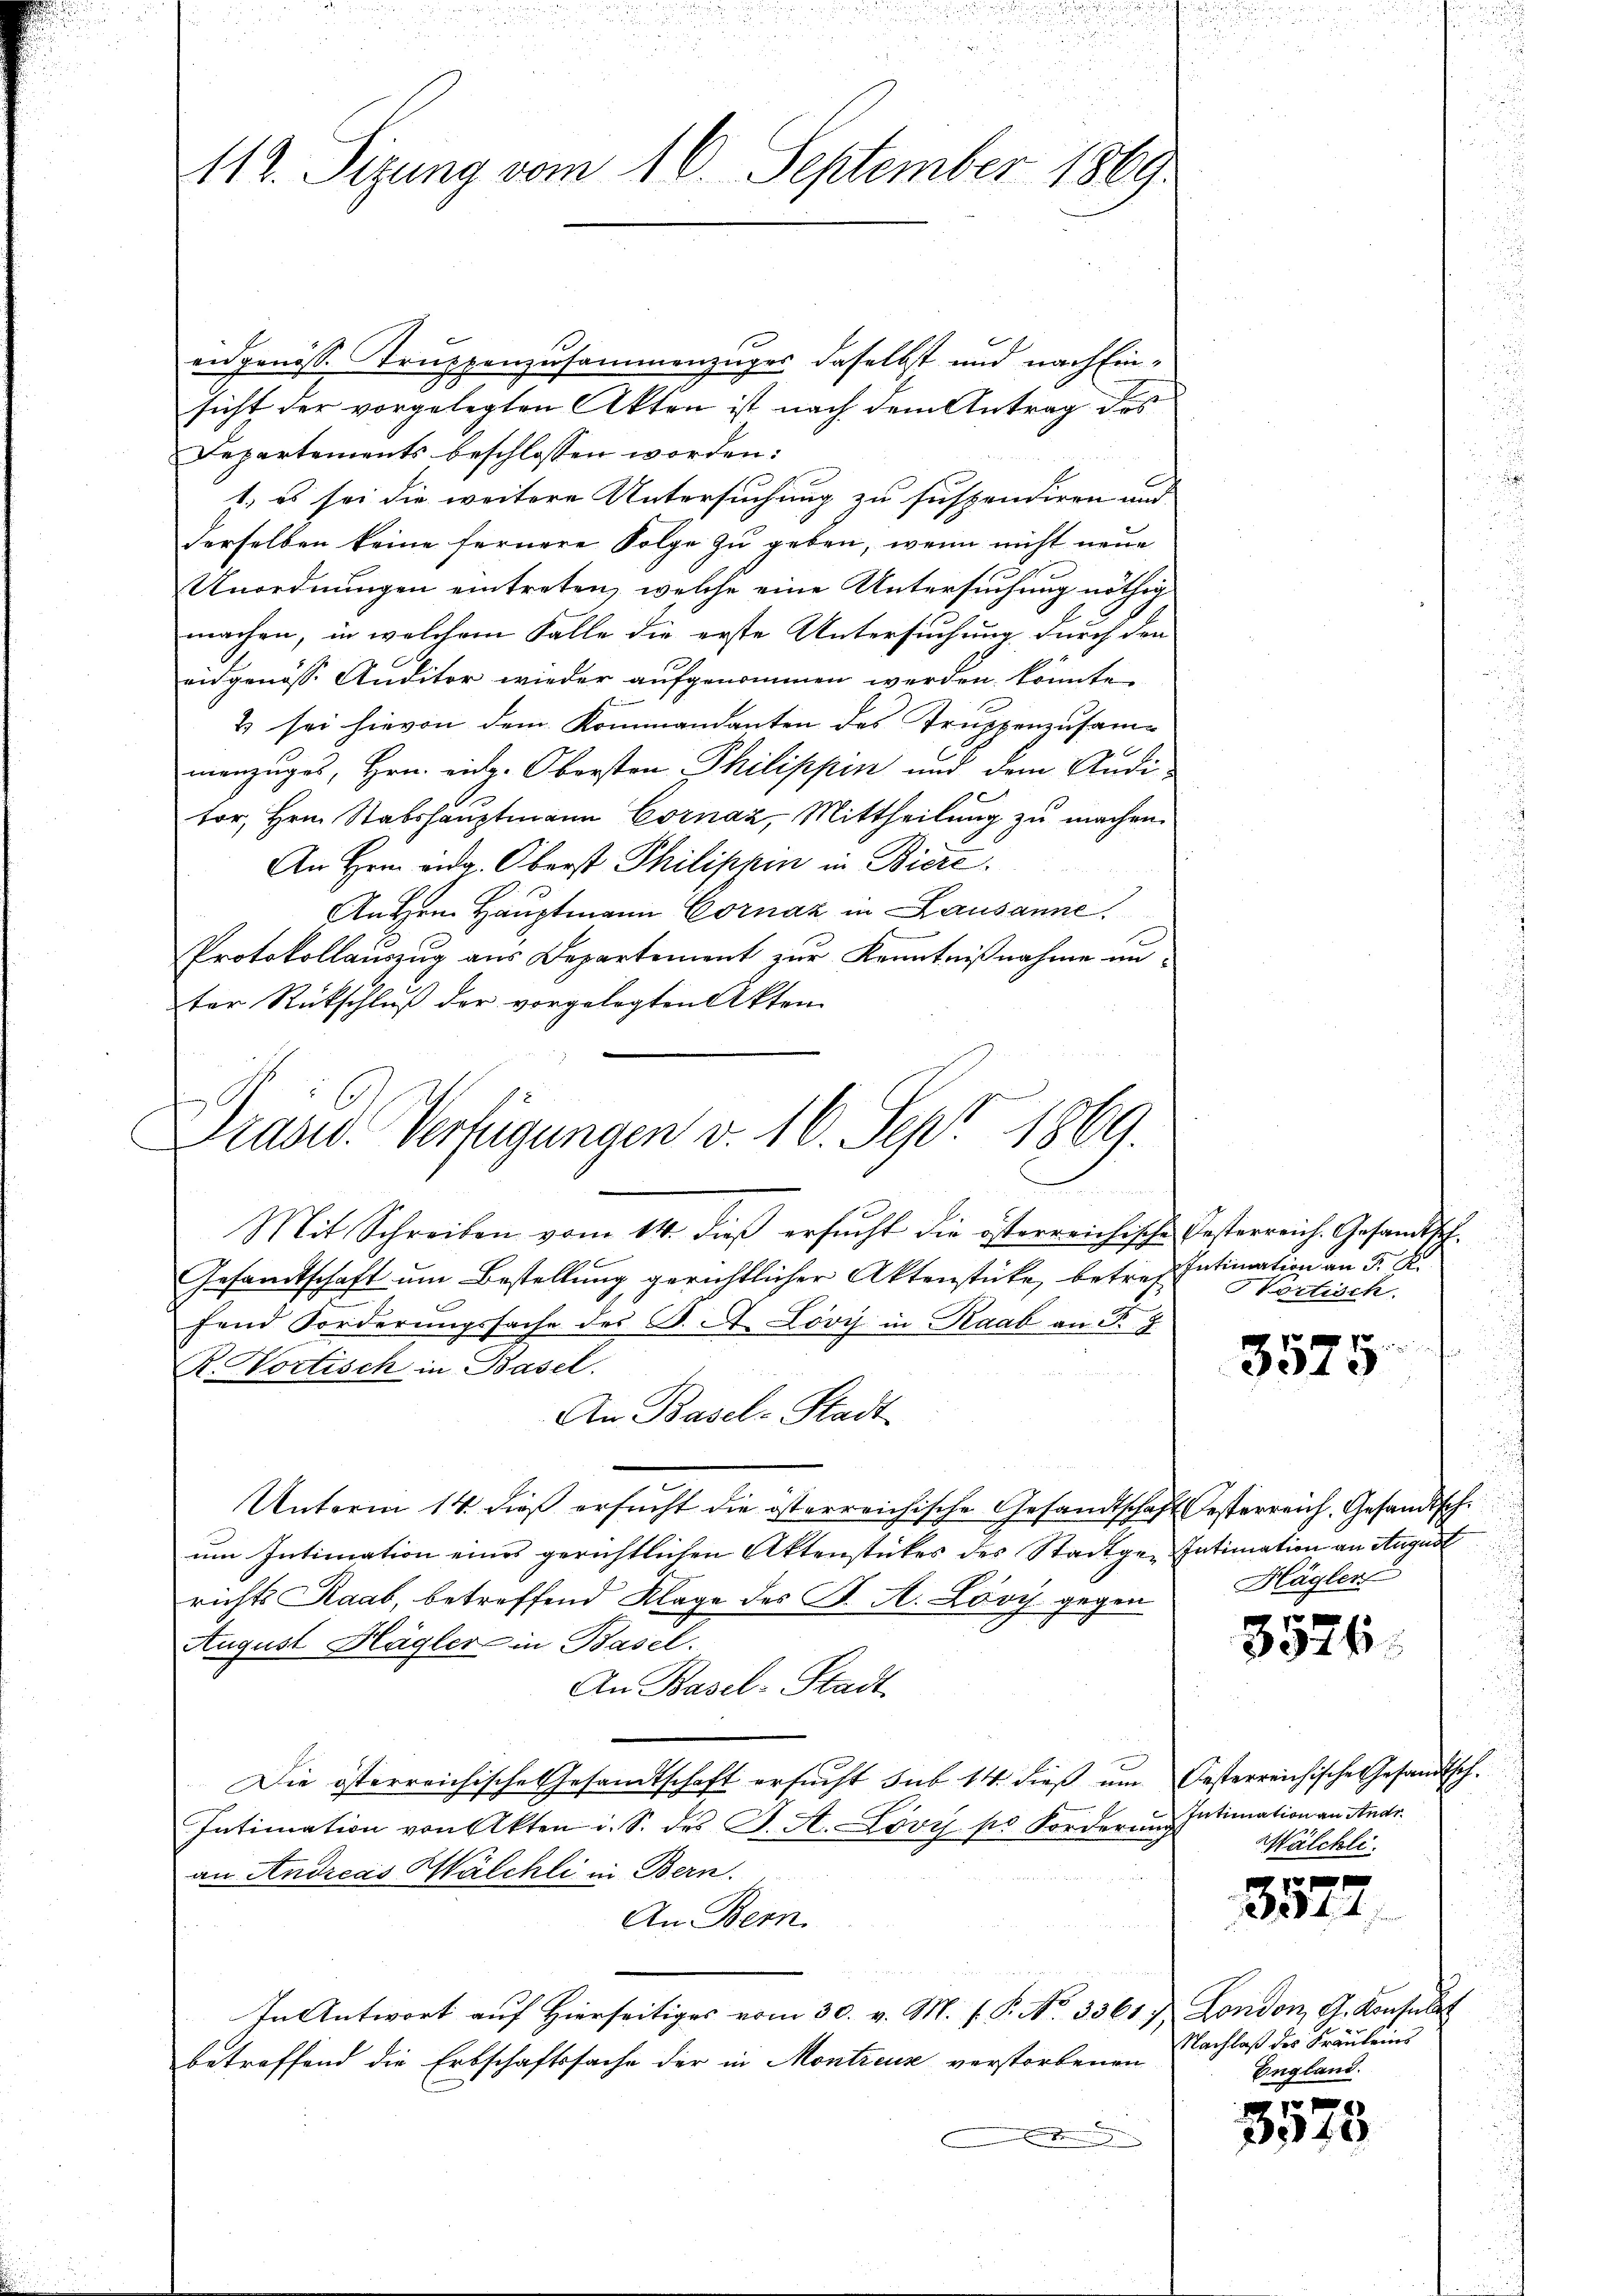
112. Sizung vom 16. September 1869.

eidgenösse Truppenzusammenzuges daselbst und nach Einsicht der vorgelegten Akten ist nach dem Antrag des
Departements beschlossen worden:
7., es sei die weitere Untersuchung zu suspendiren und
derselben keine fernere Folge zu geben, wenn nicht neue
Unordnungen eintreten, welche eine Untersuchung nöthig
machen, in welchem Falle die erste Untersuchung durch den
eidgenöss. Anditor wieder aufgenommen werden könnte.
E
& sei hievon dem Kommandanten des Truppenzusammanzuges, Hrn. eidg. Obersten Philippin und dem Anditor, Hrn. Stabshauptmann Cornaz, Mittheilung zu machen.
An Hrn. Eidg. Oberst Philippen in Biere.
An Hrn. Hauptmann Cornaz in Lausanne.
Protokollauszug aus Departement zur Kenntnißnahme un-
ter Rückschluß der vorgelegten Akten
Mit Schreiben vom 14. dieβ ersŭcht die österreichische Gesterreich. Gesandtsch
Gesamtschaft um Bestellung gerichtlicher Aktenstücke, betreffend Forderŭngssache des C. A. Lövy in Raab an Fr. 9
R. Vortisch in Basel.
An Basel-Stadt-
Unterm 14. dieß ersucht die österreichische Gesandtschaft Oesterreich, Gesandtsch.
um Intimation eines gerichtlichen Aktenstückes des Stadtge-Intimation an August
richts Raab, betreffend Klage des K. A. Lösch gegen
August Hlägler in Basel.
An Basel-Stadt
Die österreichische Gesandtschaft ersucht sub 14. dieß um Oesterreichische Gesandtsch.
Intimation von Akten i. S. des J. A. Lövy po Forderung
an Andreas Salchli in Bern.
An Bern
In Antwort auf Hierseitiges vom 30. v. M. s. P. No. 3361. London, G. Konsult
betreffend die Erbschaftssache der in Montreus verstorbenen
.

Dras. Verfügungen v. 16. Sept. 1869.

Intimation an F. S.
Hortisch.

3575

Hägler

3576.

Intimation an Andr.
Wälchli

e
344.

Nachlaß des Fräuleins
England.

e
3345